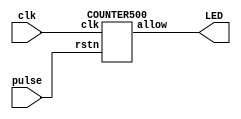
module LEDLamp ( input clk,
	     input pulse,
	     output  LED);

COUNTER500 Counter00(clk,pulse,LED);

endmodule

module COUNTER500(input clk,      
                  input rstn,                
		  output reg allow);

 reg[10:0] out = 500 ;   

 always @ (posedge clk) begin  
    if ( rstn) begin 
      	out <= 0 ;
 	allow<=1;
	end	
    else if(out >= 500)
	allow <= 0;		  
    else  
      out <= out + 1 ;  
  end  

endmodule